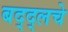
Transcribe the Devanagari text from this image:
बद्द्लचे